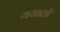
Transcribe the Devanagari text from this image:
ययातों